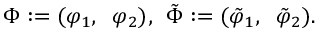
\Phi : = ( \varphi _ { 1 } , \; \; \varphi _ { 2 } ) , \, \; \tilde { \Phi } : = ( \tilde { \varphi } _ { 1 } , \; \; \tilde { \varphi } _ { 2 } ) .